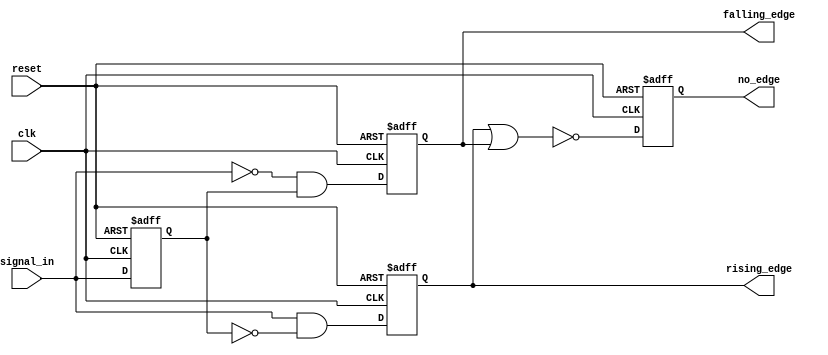
module edge_detector (
    input wire clk,               // Clock signal
    input wire reset,             // Reset signal
    input wire signal_in,         // Input signal to monitor
    output reg rising_edge,       // Rising edge output
    output reg falling_edge,      // Falling edge output
    output reg no_edge            // No edge output
);

    reg previous_state;           // Memory block to store previous state

    // Sequential logic to store the previous state
    always @(posedge clk or posedge reset) begin
        if (reset) begin
            previous_state <= 1'b0; // Initialize previous state to 0 on reset
            rising_edge <= 1'b0;     // Clear rising edge output
            falling_edge <= 1'b0;    // Clear falling edge output
            no_edge <= 1'b1;         // Initially, no edge detected
        end else begin
            // Edge detection logic
            rising_edge <= (signal_in == 1'b1 && previous_state == 1'b0);
            falling_edge <= (signal_in == 1'b0 && previous_state == 1'b1);
            no_edge <= ~(rising_edge | falling_edge); // No edge if neither rising nor falling

            // Update previous state
            previous_state <= signal_in;
        end
    end

endmodule